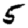
Digit: 5